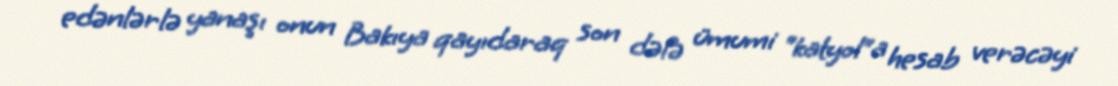
edənlərlə yanaşı onun Bakıya qayıdaraq son dəfə ümumi “katyol”a hesab verəcəyi